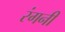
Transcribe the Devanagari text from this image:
रंगनी